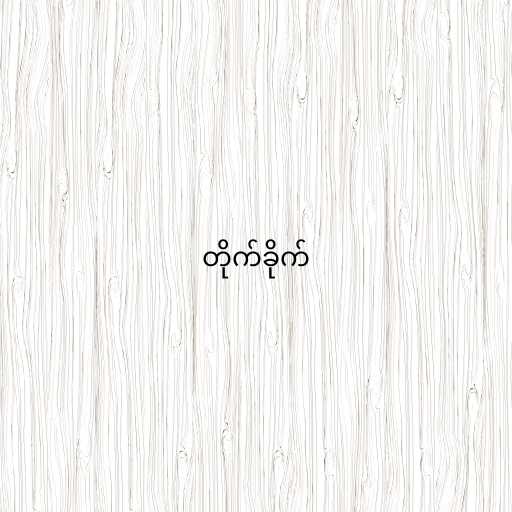
တိုက်ခိုက်